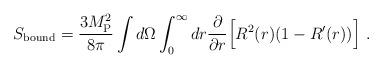
LaTeX: \begin{align*}S_{\rm bound}= {3 M_{\rm P}^2 \over 8 \pi} \int d\Omega \int _0^\infty dr{\partial\over\partial r} \Bigl[R^2(r) (1- R'(r) )\Bigr] \ .\end{align*}